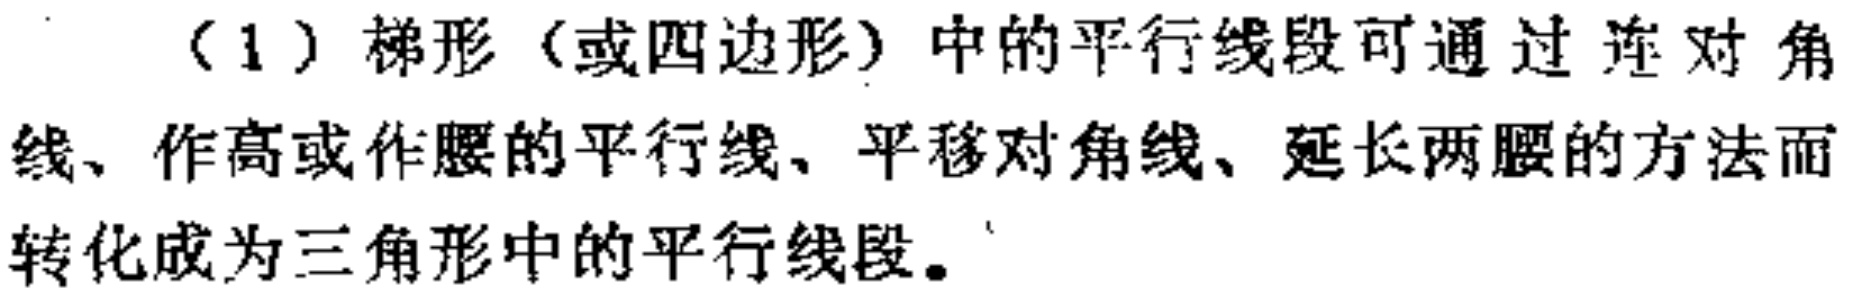
（1）梯形（或四边形）中的平行线段可通过连对角线、作高或作腰的平行线、平移对角线、延长两腰的方法而转化成为三角形中的平行线段。